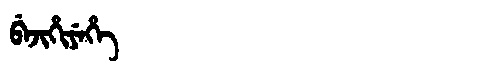
Manchu: ᠪᡝᠵᡳᡥᡳᠶᡝᡥᡝ
Romanization: BEJIHIYEHE